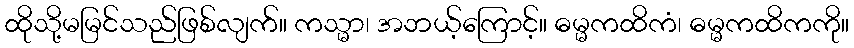
ထိုသို့မမြင်သည်ဖြစ်လျက်။ ကသ္မာ၊ အဘယ့်ကြောင့်။ ဓမ္မကထိကံ၊ ဓမ္မကထိကကို။